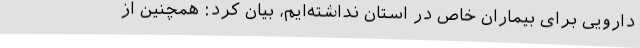
دارویی برای بیماران خاص در استان نداشته‌ایم، بیان کرد: همچنین از